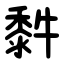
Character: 䵓